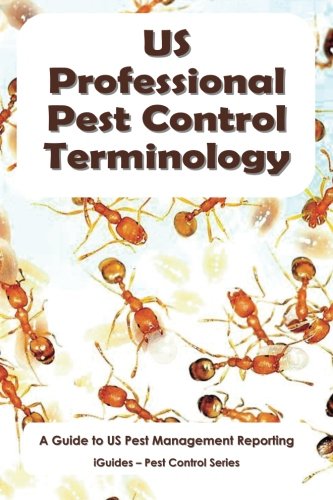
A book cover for US Professional Pest Control Terminology: A Guide to Pest Management Reporting (iGuides - Pest Control Series); Geoff Connor; Science & Math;